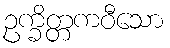
ဥက္ခိတ္တကဝီသော